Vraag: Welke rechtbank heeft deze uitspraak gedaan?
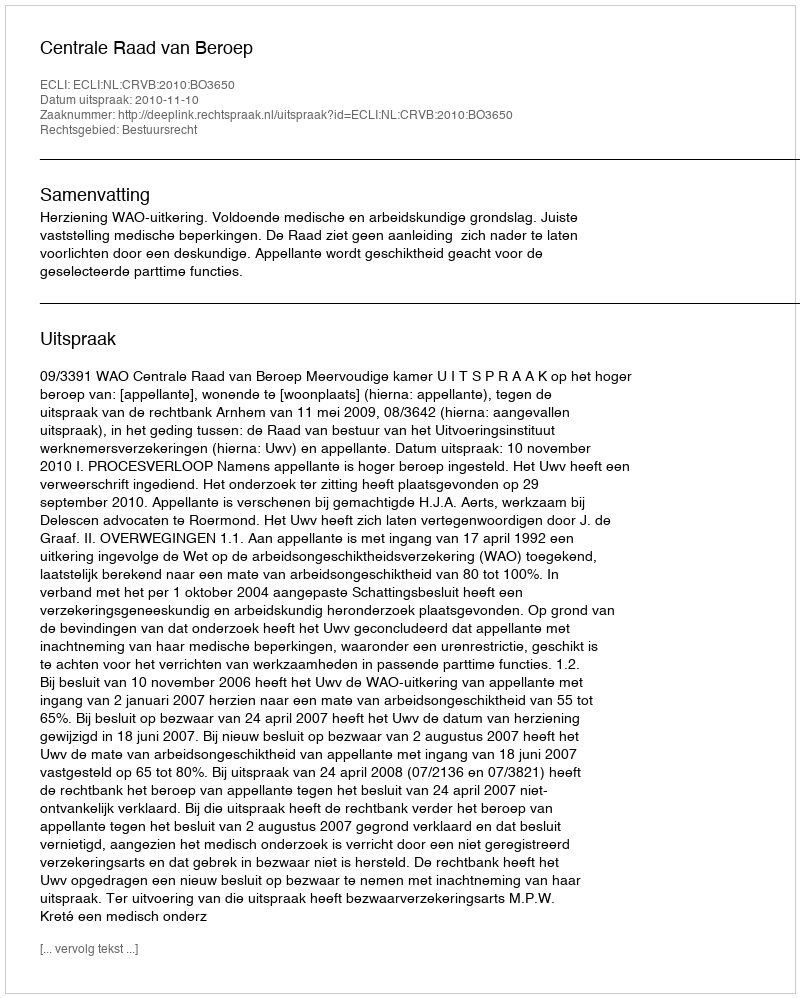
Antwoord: Centrale Raad van Beroep